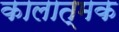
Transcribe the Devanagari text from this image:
कालात्मक